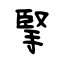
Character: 掔